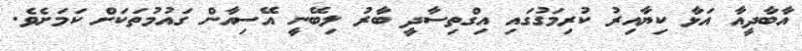
އާބާދީއާ އަޅާ ކިޔާއިރު ކުރިމަގުގައި އިގްތިސާދީ ބާރު ލިބޭނީ އޭސިއާން ގައުމުތަކަށް ކަމަށެވެ.